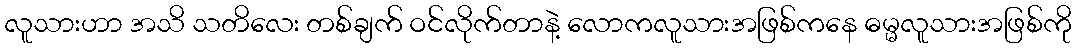
လူသားဟာ အသိ သတိလေး တစ်ချက် ဝင်လိုက်တာနဲ့ လောကလူသားအဖြစ်ကနေ ဓမ္မလူသားအဖြစ်ကို